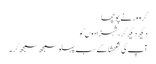
گرو ور نے پوچھا
دیکھ دیکھ کر، شہزادوں کو
آپ کی شکھشا کے سب پہلو سمجھ سمجھ کر ۔